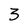
Character: 3